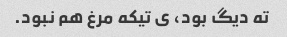
ته دیگ بود، ی تیکه مرغ هم نبود.